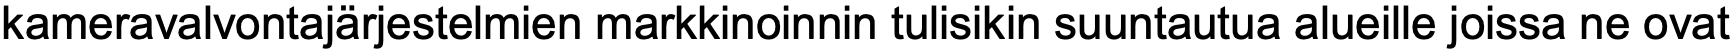
kameravalvontajärjestelmien markkinoinnin tulisikin suuntautua alueille joissa ne ovat